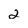
Character: 2